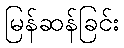
မြန်ဆန်ခြင်း